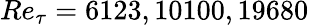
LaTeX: Re_{\tau}=6123,10100,19680